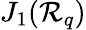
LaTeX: J_{1}({\cal R}_{q})